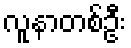
လူနာတစ်ဦး